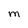
Character: M